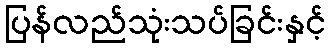
ပြန်လည်သုံးသပ်ခြင်းနှင့်